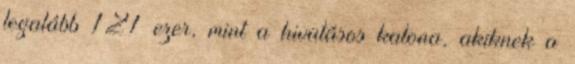
legalább 121 ezer, mint a hivatásos katona, akiknek a